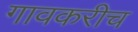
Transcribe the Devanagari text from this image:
गावकरीच